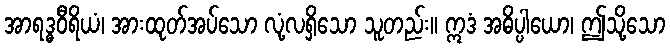
အာရဒ္ဓဝီရိယံ၊ အားထုတ်အပ်သော လုံ့လရှိသော သူတည်း။ ဣဒံ အဓိပ္ပါယော၊ ဤသို့သော